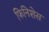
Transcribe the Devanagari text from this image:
फिनिशेस